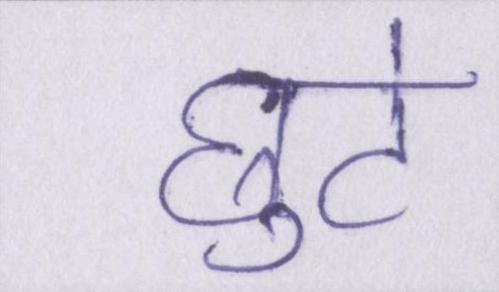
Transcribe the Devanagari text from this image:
छुटे